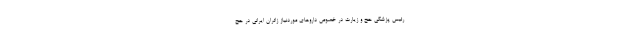
رئیس پزشکی حج و زیارت در خصوص داروهای موردنیاز زائران ایرانی در حج